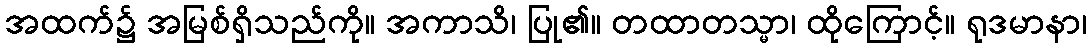
အထက်၌ အမြစ်ရှိသည်ကို။ အကာသိ၊ ပြု၏။ တထာတသ္မာ၊ ထိုကြောင့်။ ရုဒမာနာ၊